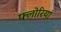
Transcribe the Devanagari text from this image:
फ्लोरियां